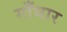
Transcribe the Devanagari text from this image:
गाँधार